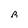
Character: B